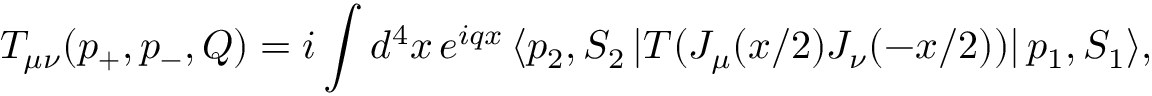
T _ { \mu \nu } ( p _ { + } , p _ { - } , Q ) = i \int d ^ { 4 } x \, e ^ { i q x } \, \langle p _ { 2 } , S _ { 2 } \, | T ( J _ { \mu } ( x / 2 ) J _ { \nu } ( - x / 2 ) ) | \, p _ { 1 } , S _ { 1 } \rangle ,